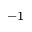
^ { - 1 }